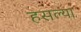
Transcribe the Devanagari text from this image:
हसल्या